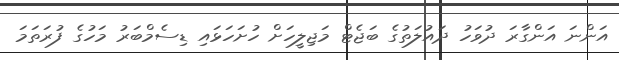
އަންނަ އަންގާރަ ދުވަހު ދައުލަތުގެ ބަޖެޓް މަޖިލީހަށް ހުށަހަޅައި ޑިސެމްބަރު މަހުގެ ފުރަތަމަ